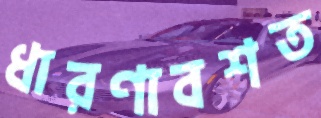
ধারণাবশত